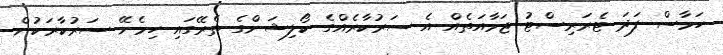
ހަމާސް ފަދަ ޓެރަރިސްޓު ޖަމާއަތެއް އެ ސަރުކާރެއްގެ ކޯލިޝަންގެ ތެރޭގައި ހިމެނޭ ސަރުކާރަކުން